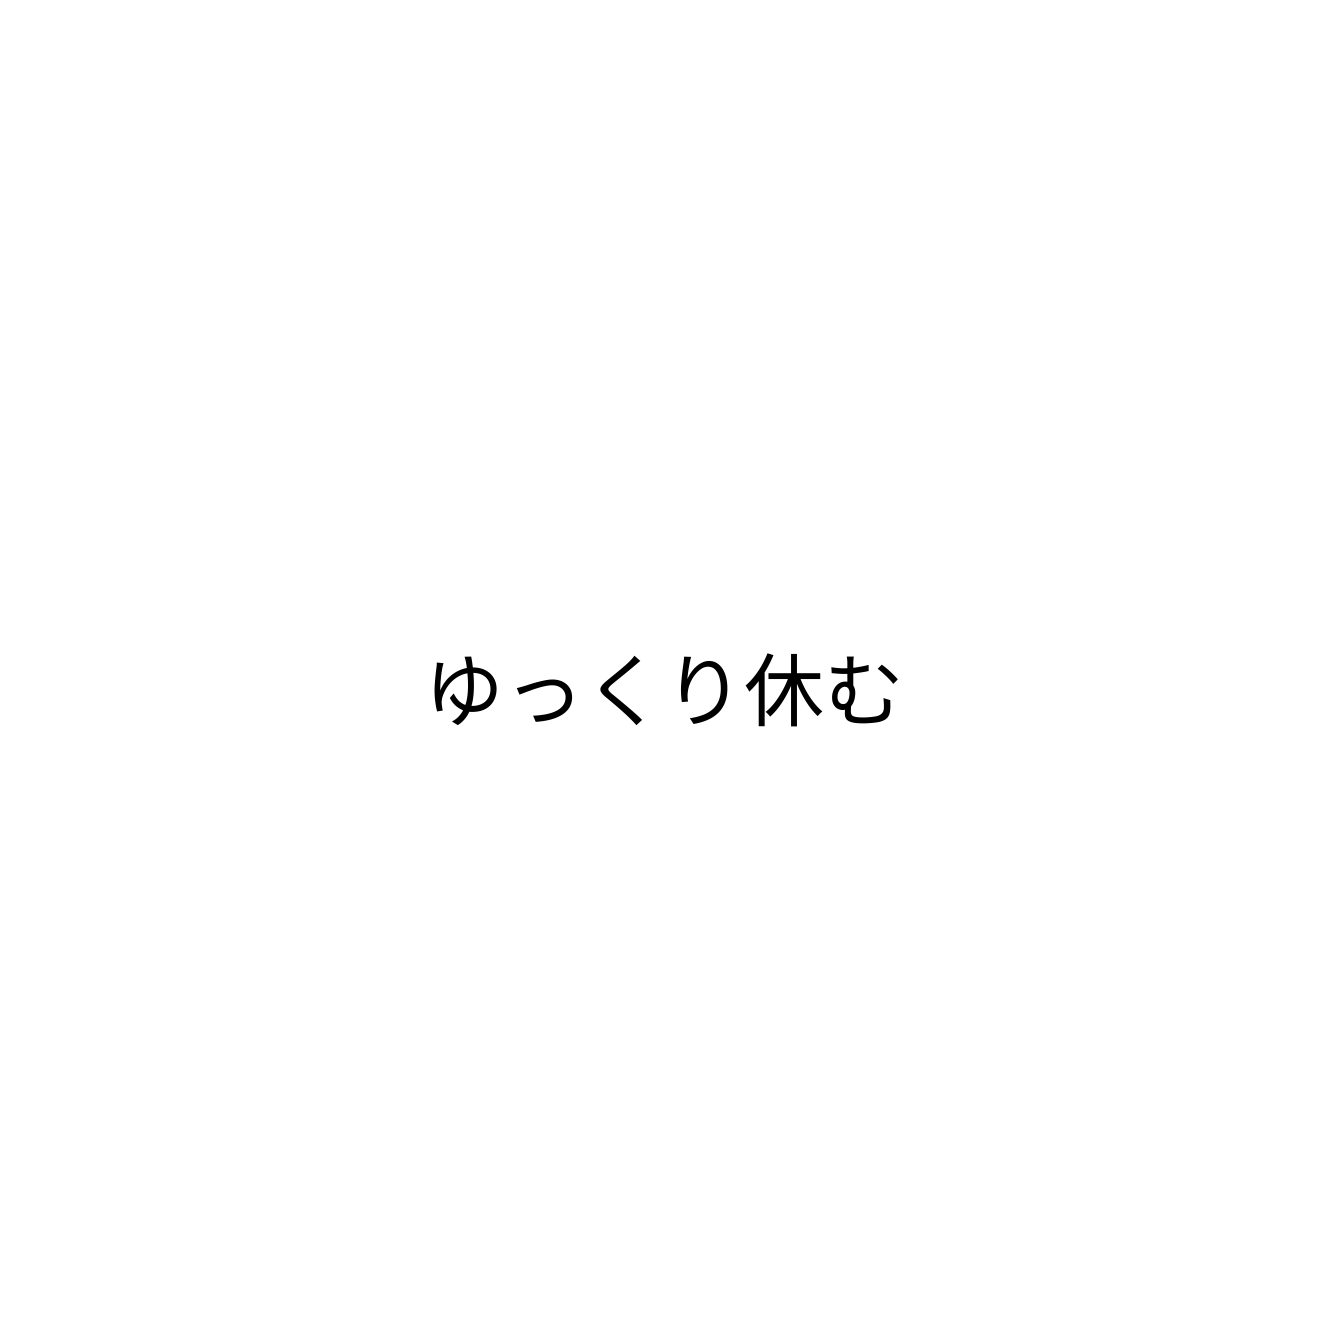
ゆっくり休む